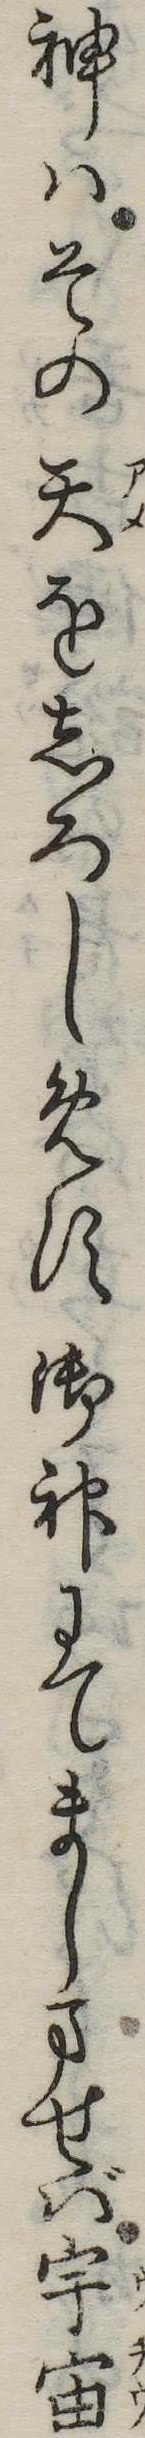
神はその天をしろしめす御神にてましませば宇宙